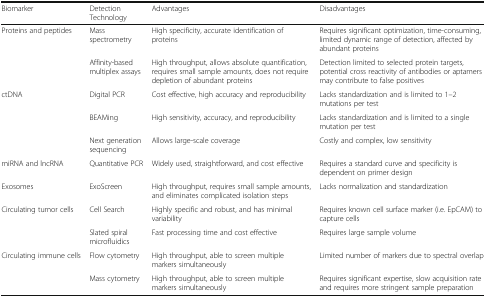
<table><thead><tr><td><b>Biomarker</b></td><td><b>Detection Technology</b></td><td><b>Advantages</b></td><td><b>Disadvantages</b></td></tr></thead><tbody><tr><td rowspan="2">Proteins and peptides</td><td>Mass spectrometry</td><td>High specificity, accurate identification of proteins</td><td>Requires significant optimization, time-consuming, limited dynamic range of detection, affected by abundant proteins</td></tr><tr><td>Affinity-based multiplex assays</td><td>High throughput, allows absolute quantification, requires small sample amounts, does not require depletion of abundant proteins</td><td>Detection limited to selected protein targets, potential cross reactivity of antibodies or aptamers may contribute to false positives</td></tr><tr><td rowspan="3">ctDNA</td><td>Digital PCR</td><td>Cost effective, high accuracy and reproducibility</td><td>Lacks standardization and is limited to 1–2 mutations per test</td></tr><tr><td>BEAMing</td><td>High sensitivity, accuracy, and reproducibility</td><td>Lacks standardization and is limited to a single mutation per test</td></tr><tr><td>Next generation sequencing</td><td>Allows large-scale coverage</td><td>Costly and complex, low sensitivity</td></tr><tr><td>miRNA and lncRNA</td><td>Quantitative PCR</td><td>Widely used, straightforward, and cost effective</td><td>Requires a standard curve and specificity is dependent on primer design</td></tr><tr><td>Exosomes</td><td>ExoScreen</td><td>High throughput, requires small sample amounts, and eliminates complicated isolation steps</td><td>Lacks normalization and standardization</td></tr><tr><td rowspan="2">Circulating tumor cells</td><td>Cell Search</td><td>Highly specific and robust, and has minimal variability</td><td>Requires known cell surface marker (i.e. EpCAM) to capture cells</td></tr><tr><td>Slated spiral microfluidics</td><td>Fast processing time and cost effective</td><td>Requires large sample volume</td></tr><tr><td rowspan="2">Circulating immune cells</td><td>Flow cytometry</td><td>High throughput, able to screen multiple markers simultaneously</td><td>Limited number of markers due to spectral overlap</td></tr><tr><td>Mass cytometry</td><td>High throughput, able to screen multiple markers simultaneously</td><td>Requires significant expertise, slow acquisition rate and requires more stringent sample preparation</td></tr></tbody></table>